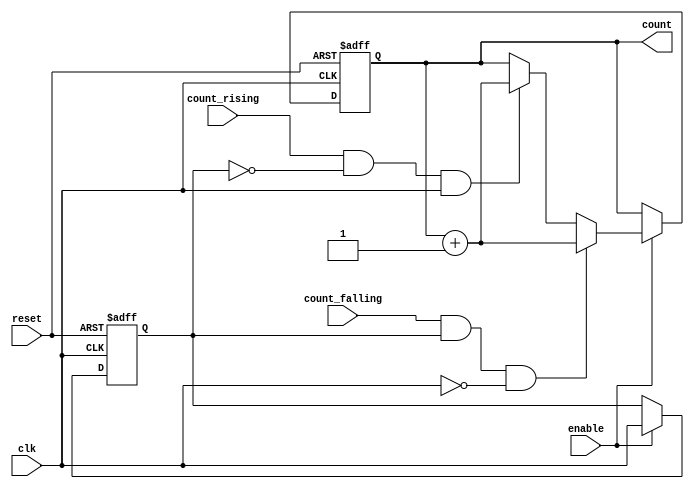
module edge_counter #(
    parameter WIDTH = 8 // Width of the count output
)(
    input wire clk,          // Clock input
    input wire enable,       // Enable input
    input wire reset,        // Asynchronous reset input
    input wire count_rising, // Control signal to count rising edges
    input wire count_falling, // Control signal to count falling edges
    output reg [WIDTH-1:0] count // Count output
);

    reg clk_prev; // Register to hold the previous clock state

    always @(posedge clk or posedge reset) begin
        if (reset) begin
            count <= 0; // Reset count to zero
            clk_prev <= 0; // Initialize previous clock state
        end else if (enable) begin
            // Check for rising edge
            if (count_rising && !clk_prev && clk) begin
                count <= count + 1; // Increment count on rising edge
            end
            // Check for falling edge
            if (count_falling && clk_prev && !clk) begin
                count <= count + 1; // Increment count on falling edge
            end
            clk_prev <= clk; // Update previous clock state
        end
    end

endmodule